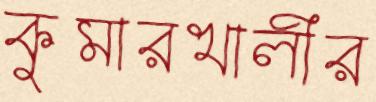
কুমারখালীর